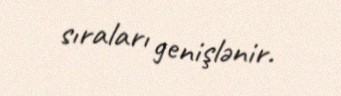
sıraları genişlənir.